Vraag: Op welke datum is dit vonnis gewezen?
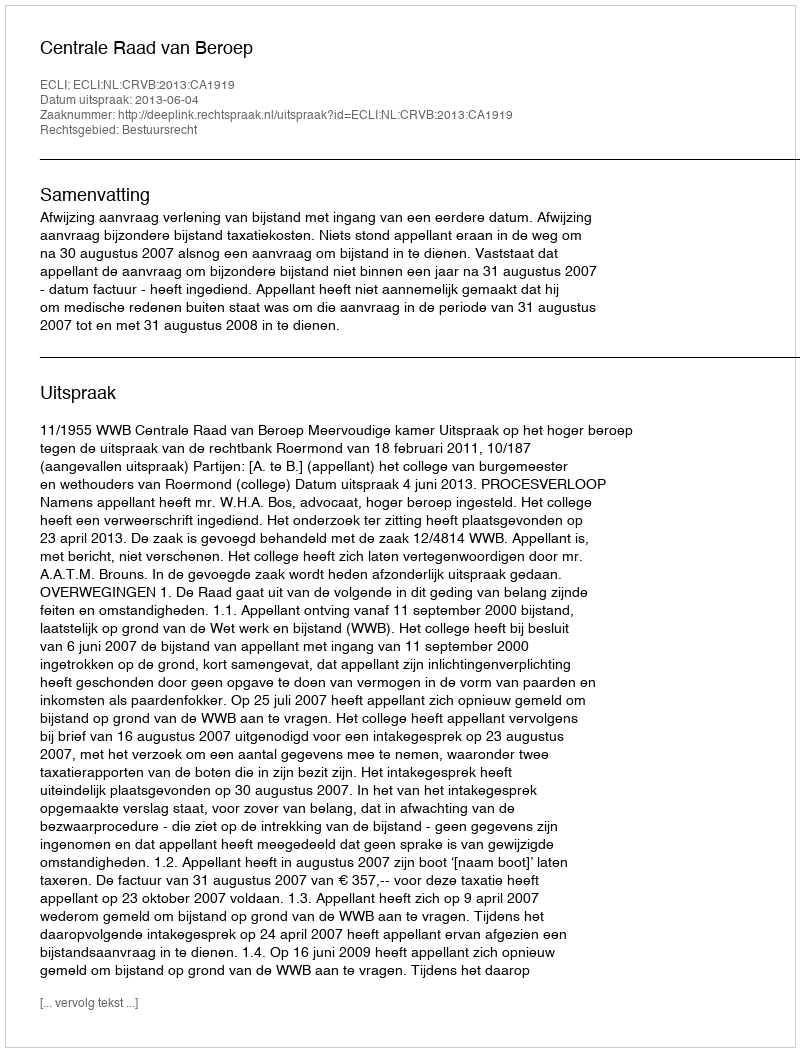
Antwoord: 2013-06-04